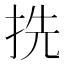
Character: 㧥